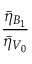
\frac { \bar { \eta } _ { B _ { 1 } } } { \bar { \eta } _ { V _ { 0 } } }